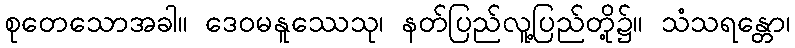
စုတေသောအခါ။ ဒေဝမနူဿေသု၊ နတ်ပြည်လူ့ပြည်တို့၌။ သံသရန္တော၊